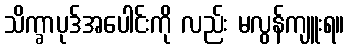
သိက္ခာပုဒ်အပေါင်းကို လည်း မလွန်ကျူးရ။